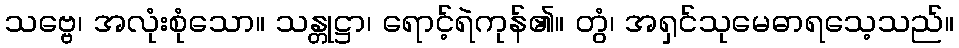
သဗ္ဗေ၊ အလုံးစုံသော။ သန္တုဋ္ဌာ၊ ရောင့်ရဲကုန်၏။ တွံ၊ အရှင်သုမေဓာရသေ့သည်။